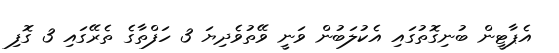
އެޕާޓީން ބުނިގޮތުގައި އެކުލަބުން ވަނީ ވޭތުވެދިޔަ 3 ހަފްތާގެ ތެރޭގައި 3 ގޮފި